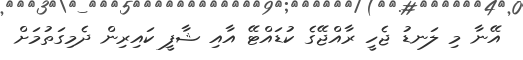
އޭނާ މި ލަނޑު ޖެހީ ރާއްޖޭގެ ކުޑައްޓޭ އާއި ޝާފީ ކައިރިން ދެމިގަތުމަށް